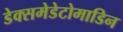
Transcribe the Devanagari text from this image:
डेक्समेडेटोमाडिन